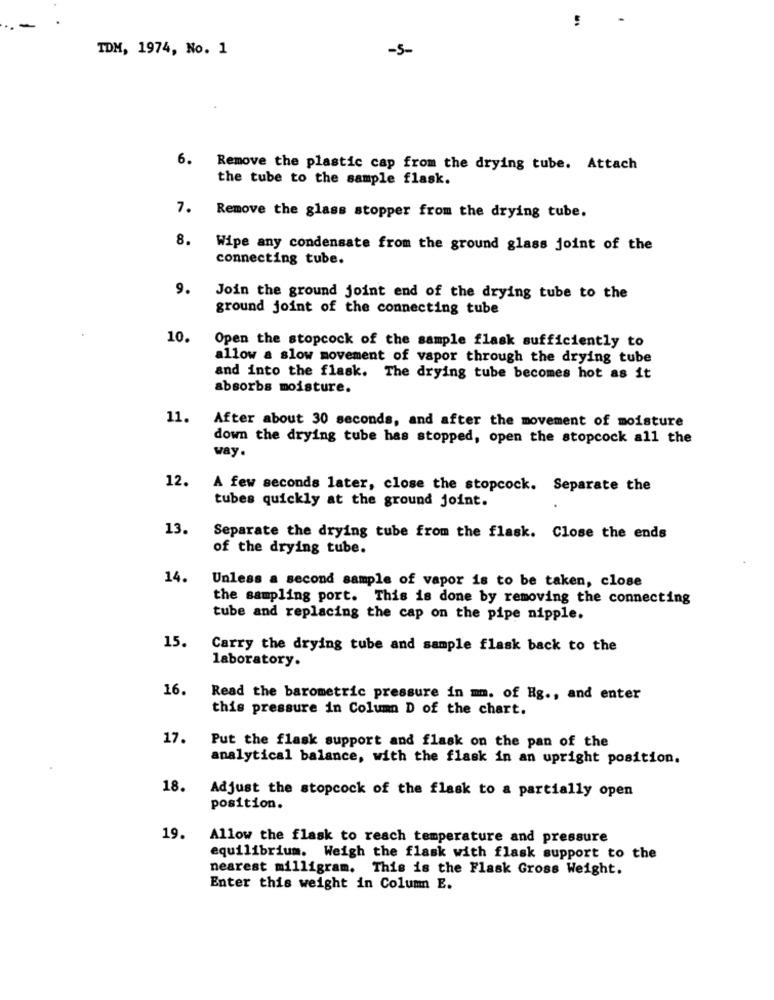
TDM, 1974, No. 1
-5-
6.
Remove the plastic cap from the drying tube. Attach
the tube to the sample flask.
7.
Remove the glass stopper from the drying tube.
8.
Wipe any condensate from the ground glass joint of the
connecting tube.
9.
Join the ground joint end of the drying tube to the
ground joint of the connecting tube
10.
Open the stopcock of the sample flask sufficiently to
allow a slow movement of vapor through the drying tube
and into the flask. The drying tube becomes hot as it
absorbs moisture.
11.
After about 30 seconds, and after the movement of moisture
down the drying tube has stopped, open the stopcock all the
way.
12.
A few seconds later, close the stopcock. Separate the
tubes quickly at the ground joint.
13.
Separate the drying tube from the flask. Close the ends
of the drying tube.
14.
Unless a second sample of vapor is to be taken, close
the sampling port. This is done by removing the connecting
tube and replacing the cap on the pipe nipple.
15.
Carry the drying tube and sample flask back to the
laboratory.
16.
Read the barometric pressure in mm. of Hg ., and enter
this pressure in Column D of the chart.
17.
Put the flask support and flask on the pan of the
analytical balance, with the flask in an upright position.
18.
Adjust the stopcock of the flask to a partially open
position.
19.
Allow the flask to reach temperature and pressure
equilibrium. Weigh the flask with flask support to the
nearest milligram. This is the Flask Gross Weight.
Enter this weight in Column E.